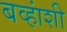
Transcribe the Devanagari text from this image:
बव्हांशी